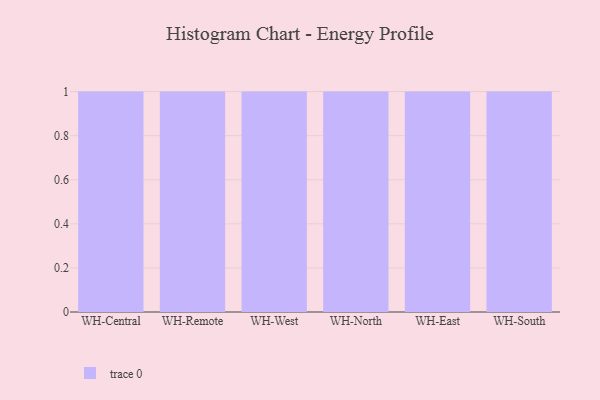
{"axis": {"x": "Warehouse", "y": "Tickets Resolved"}, "legend": [""], "data": [{"x": "WH-Central", "y": 90, "type": ""}, {"x": "WH-Remote", "y": 67, "type": ""}, {"x": "WH-West", "y": 43, "type": ""}, {"x": "WH-North", "y": 59, "type": ""}, {"x": "WH-East", "y": 42, "type": ""}, {"x": "WH-South", "y": 22, "type": ""}]}